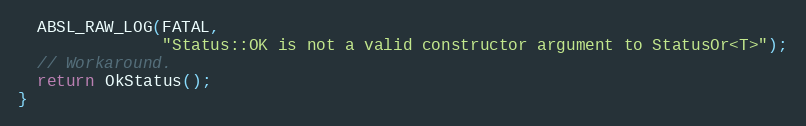
Language: C++
  ABSL_RAW_LOG(FATAL,
               "Status::OK is not a valid constructor argument to StatusOr<T>");
  // Workaround.
  return OkStatus();
}